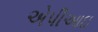
એપીઆઇ